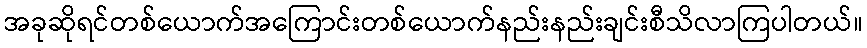
အခုဆိုရင်တစ်ယောက်အကြောင်းတစ်ယောက်နည်းနည်းချင်းစီသိလာကြပါတယ်။